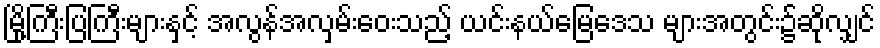
မြို့ကြီးပြကြီးများနှင့် အလွန်အလှမ်းဝေးသည့် ယင်းနယ်မြေဒေသ များအတွင်း၌ဆိုလျှင်